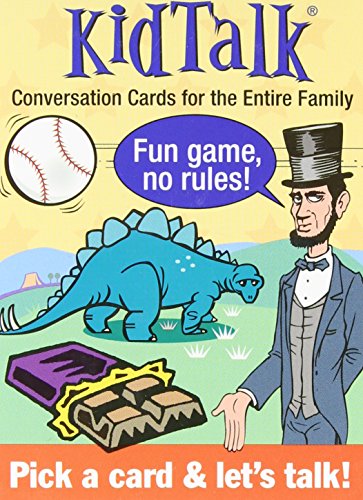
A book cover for Kid Talk: Conversation Cards for the Entire Family (Tabletalk Conversation Cards); U S. Games Systems Inc.; Humor & Entertainment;